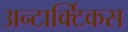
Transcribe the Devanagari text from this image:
अन्टार्क्टिकस